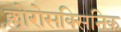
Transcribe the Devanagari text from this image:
क्लोरोसक्सिनिक